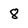
Character: 8